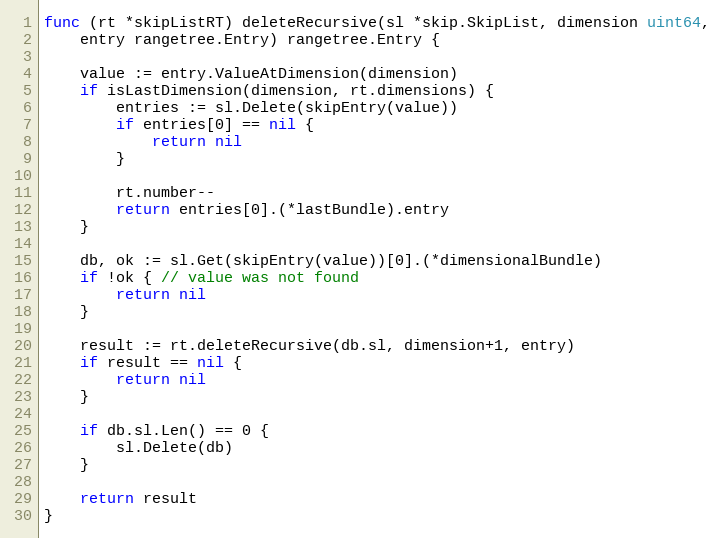
Language: Go
func (rt *skipListRT) deleteRecursive(sl *skip.SkipList, dimension uint64,
	entry rangetree.Entry) rangetree.Entry {

	value := entry.ValueAtDimension(dimension)
	if isLastDimension(dimension, rt.dimensions) {
		entries := sl.Delete(skipEntry(value))
		if entries[0] == nil {
			return nil
		}

		rt.number--
		return entries[0].(*lastBundle).entry
	}

	db, ok := sl.Get(skipEntry(value))[0].(*dimensionalBundle)
	if !ok { // value was not found
		return nil
	}

	result := rt.deleteRecursive(db.sl, dimension+1, entry)
	if result == nil {
		return nil
	}

	if db.sl.Len() == 0 {
		sl.Delete(db)
	}

	return result
}